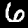
Label: 6